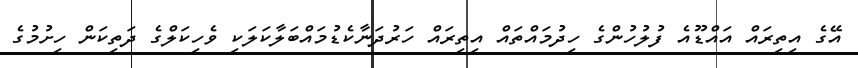
އޭގެ އިތިރައް އައްޑޫއެ ފުލުހުންގެ ހިދުމައްތައް އިތިރައް ހަރުދަނާކެޑުމައްބަލާކަލަކި ވެހިކަލްގެ ދަތިކަން ހިށުމުގެ